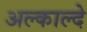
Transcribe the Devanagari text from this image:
अल्काल्दे